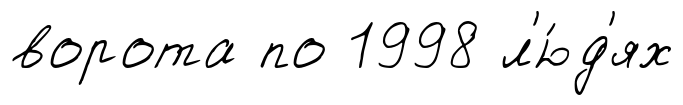
ворота по 1998 л'ю́д'ях